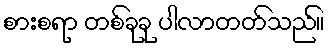
စားစရာ တစ်ခုခု ပါလာတတ်သည်။